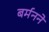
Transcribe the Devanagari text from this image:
बर्मनने